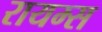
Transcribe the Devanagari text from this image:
रायम्स